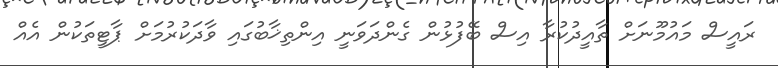
ރައީސް މައުމޫނަށް ތާއީދުކުރާ އިސް ބޭފުޅުން ގެންދަވަނީ އިންތިޚާބުގައި ވާދަކުރުމަށް ޕާޓީތަކުން އެއް